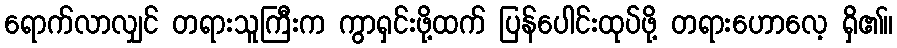
ရောက်လာလျှင် တရားသူကြီးက ကွာရှင်းဖို့ထက် ပြန်ပေါင်းထုပ်ဖို့ တရားဟောလေ့ ရှိ၏။